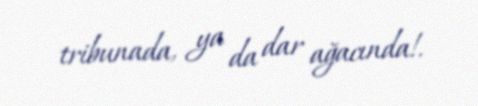
tribunada, ya da dar ağacında!.